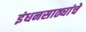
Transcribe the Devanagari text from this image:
इंधनसाठ्यांचे